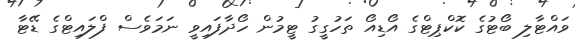
ވައްޓާލި ބޯޓުގެ ކޮކްޕިޓްގެ އޯޑިއޯ ތަހުގީގު ޓީމުން ހޯދާފައިވީ ނަމަވެސް ފްލައިޓްގެ ޑޭޓާ